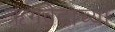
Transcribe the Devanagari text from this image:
ऋगवेदाच्या